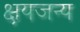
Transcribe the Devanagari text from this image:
क्षयजन्य